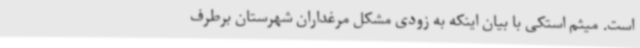
است. میثم استکی با بیان اینکه به زودی مشکل مرغداران شهرستان برطرف